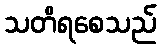
သတိရစေသည်